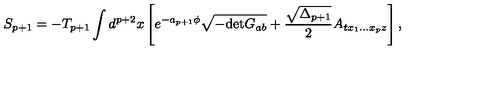
S _ { p + 1 } = - T _ { p + 1 } \int d ^ { p + 2 } x \left[ e ^ { - a _ { p + 1 } \phi } \sqrt { - \mathrm { d e t } G _ { a b } } + { \frac { \sqrt { \Delta _ { p + 1 } } } { 2 } } A _ { t x _ { 1 } . . . x _ { p } z } \right] ,